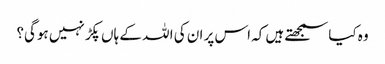
وہ کیاسمجھتے ہیں کہ اس پر ان کی ا للہ کے ہاں پکڑ نہیں ہوگی؟